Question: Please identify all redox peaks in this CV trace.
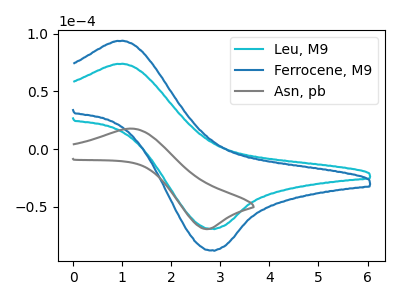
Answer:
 <answer>The cyan curve "Leu, M9" has an anodic peak at (1.00V, 73.80uA) and a cathodic peak at (2.85V, -69.05uA). The blue curve "Ferrocene, M9" has an anodic peak at (1.00V, 93.70uA) and a cathodic peak at (2.85V, -87.70uA). The gray curve "Asn, pb" has an anodic peak at (1.20V, 17.70uA) and a cathodic peak at (2.75V, -69.35uA).</answer>
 <eval></eval>